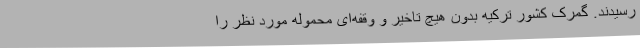
رسیدند. گمرک کشور ترکیه بدون هیچ تاخیر و وقفه‌ای محموله مورد نظر را